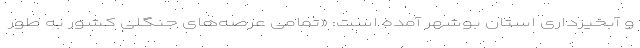
و آبخیزداری استان بوشهر آمده است: «تمامی عرصه‌های جنگلی کشور به طور